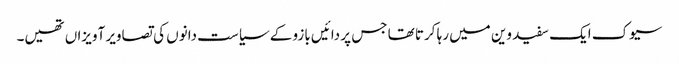
سیوک ایک سفید وین میں رہا کرتا تھا جس پر دائیں بازو کے سیاست دانوں کی تصاویر آویزاں تھیں۔